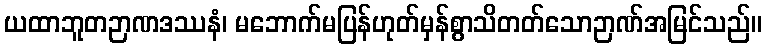
ယထာဘူတဉာဏဒဿနံ၊ မဘောက်မပြန်ဟုတ်မှန်စွာသိတတ်သောဉာဏ်အမြင်သည်။